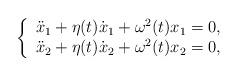
LaTeX: \begin{align*} \left\{ \begin{array}{rcr} \ddot{x}_1 +\eta(t)\dot{x}_1+\omega^2(t) x_1=0, \\ \ddot{x}_2 +\eta(t)\dot{x}_2+\omega^2(t) x_2=0, \end{array}\right. \end{align*}